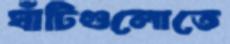
ঘাঁটিগুলোতে